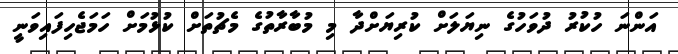
އަންނަ ހުކުރު ދުވަހުގެ ނިޔަލަށް ކުރިޔަށްދާ މި މުބާރާތުގެ މެޗުތަށް ކުޅުމަށް ހަމަޖެހިފައިވަނީ